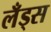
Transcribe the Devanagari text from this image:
लँड्स